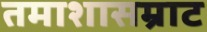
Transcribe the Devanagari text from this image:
तमाशासम्राट